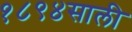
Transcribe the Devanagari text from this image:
१८९४साली